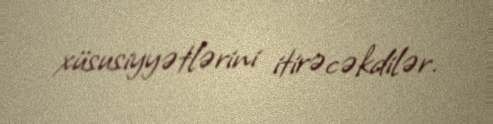
xüsusiyyətlərini itirəcəkdilər.